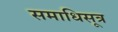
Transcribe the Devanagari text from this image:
समाधिसूत्र